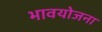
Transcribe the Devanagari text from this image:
भावयोजना